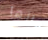
وانها